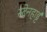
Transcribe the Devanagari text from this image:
स्टेनहार्ड्ट